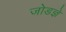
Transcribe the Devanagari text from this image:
जोडज्ञे